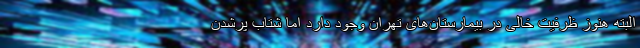
البته هنوز ظرفیت خالی در بیمارستان‌های تهران وجود دارد اما شتاب پرشدن